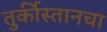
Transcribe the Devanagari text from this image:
तुर्कीस्तानचा